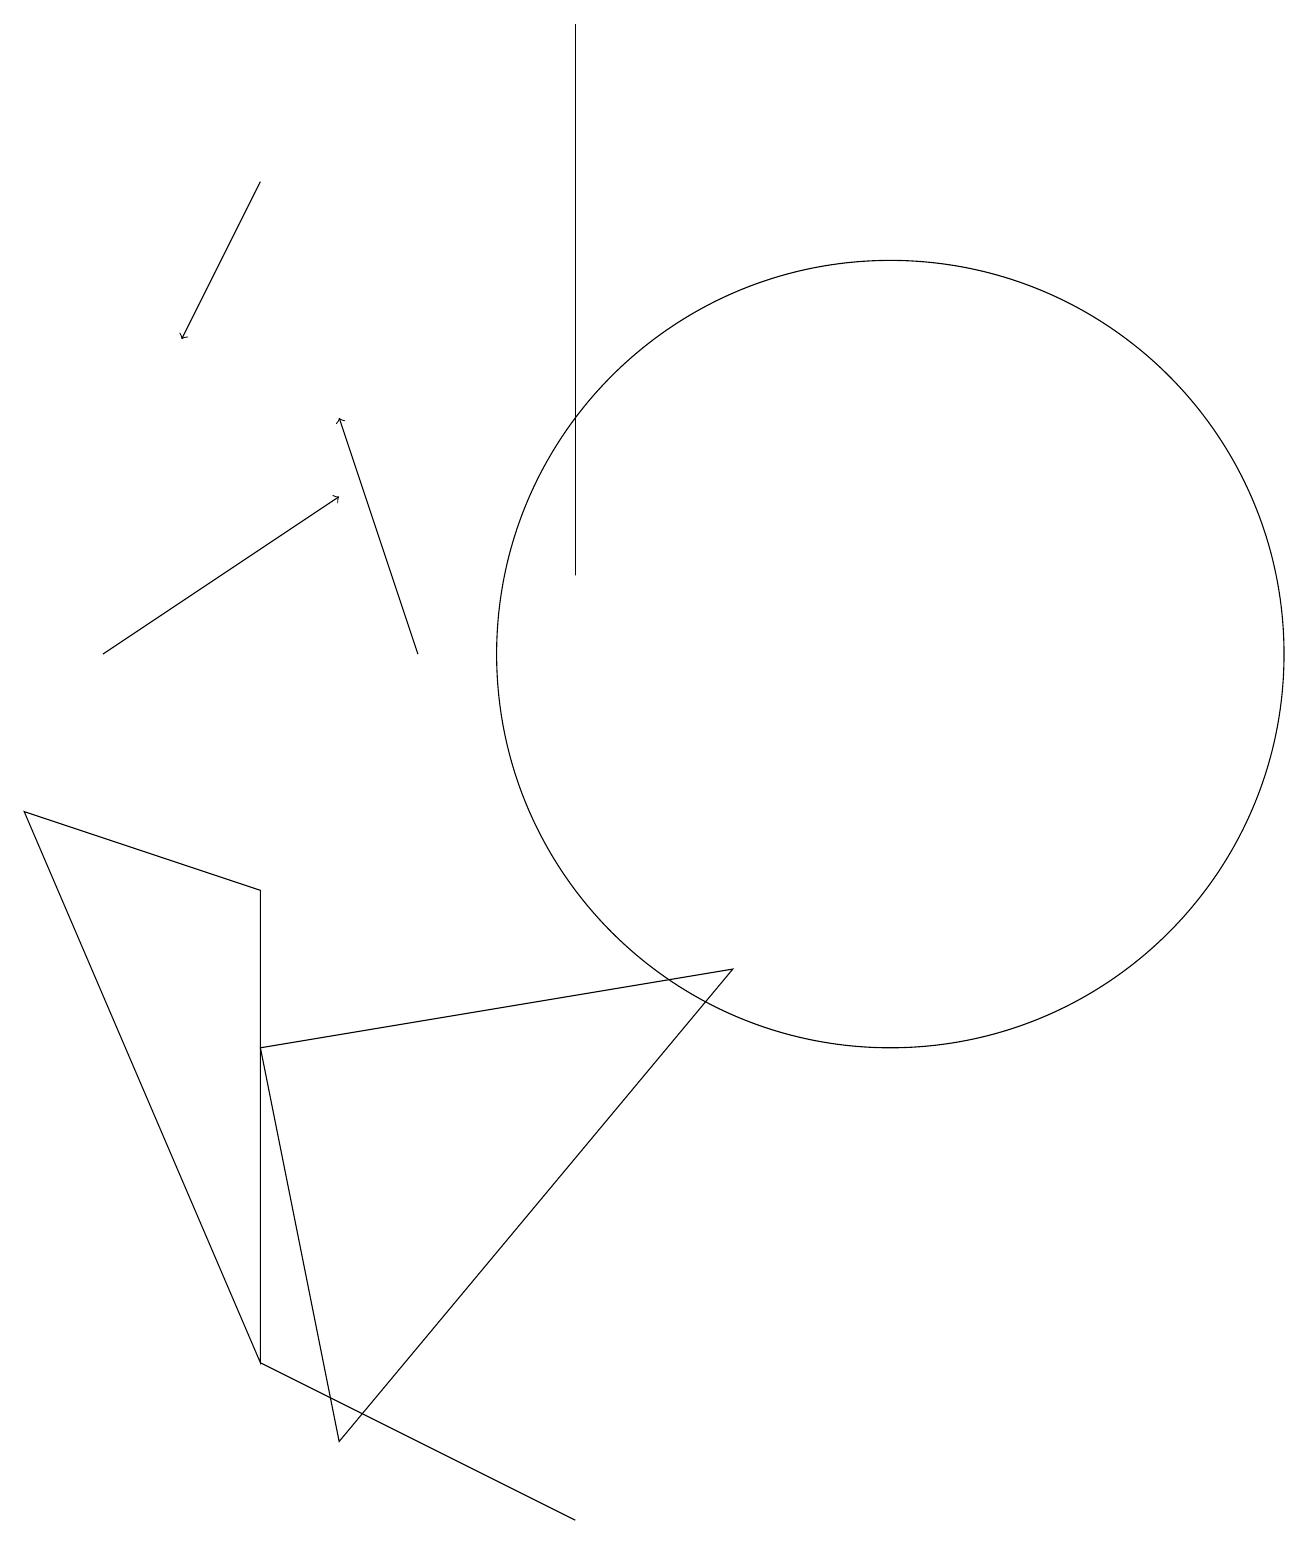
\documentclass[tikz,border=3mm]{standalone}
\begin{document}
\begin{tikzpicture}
\draw (11,11) circle (5);
\draw[->] (3,17) -- (2,15);
\draw[->] (5,11) -- (4,14);
\draw (3,6) -- (4,1) -- (9,7) -- cycle;
\draw (3,2) -- (3,8) -- (0,9) -- cycle;
\draw[->] (1,11) -- (4,13);
\draw (7,0) -- (3,2) -- (7,0) -- cycle;
\draw (7,19) rectangle (7,12);
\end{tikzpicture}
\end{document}